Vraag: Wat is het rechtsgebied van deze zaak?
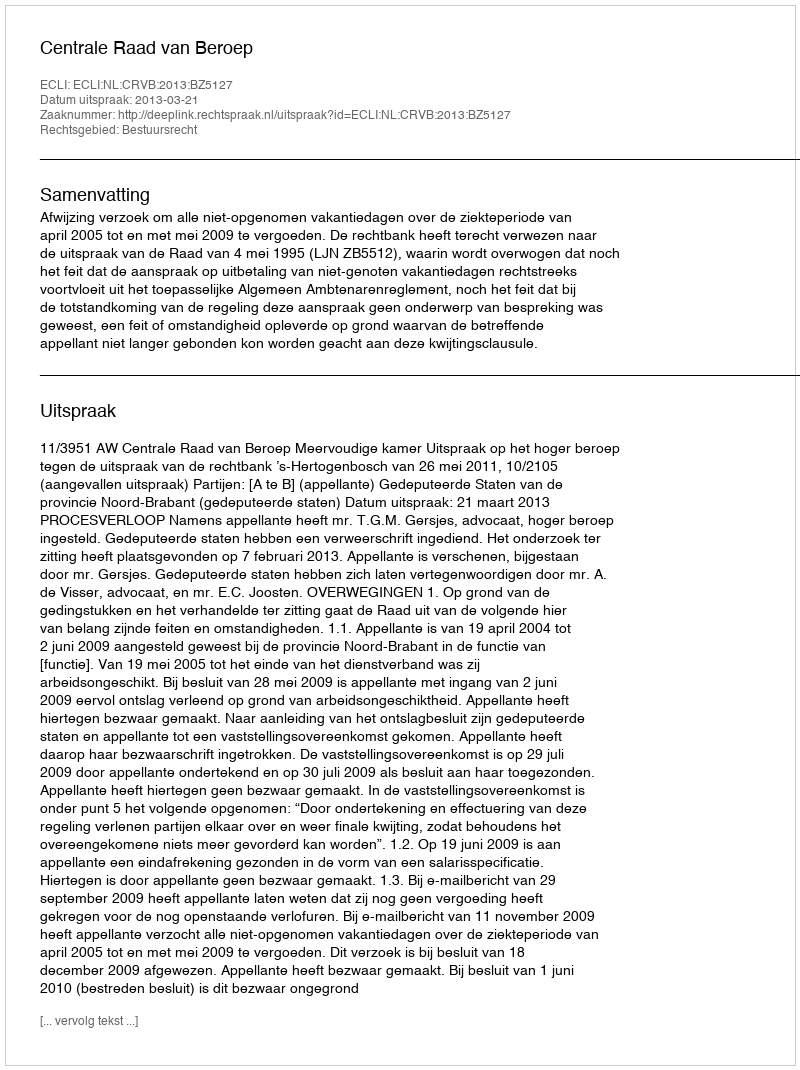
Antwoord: Bestuursrecht